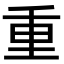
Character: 重